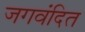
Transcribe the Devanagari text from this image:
जगवंदित